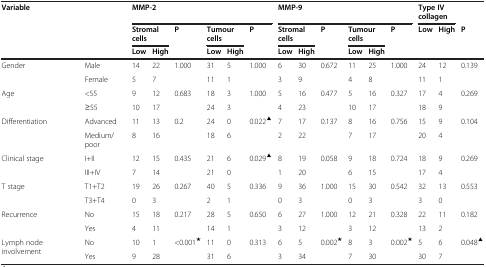
<table><thead><tr><td rowspan="3" colspan="2"><b>Variable</b></td><td colspan="6"><b>MMP-2</b></td><td colspan="6"><b>MMP-9</b></td><td colspan="2"><b>Type IV collagen</b></td><td><b> </b></td></tr><tr><td colspan="2"><b>Stromal cells</b></td><td rowspan="2"><b>P</b></td><td colspan="2"><b>Tumour cells</b></td><td rowspan="2"><b>P</b></td><td colspan="2"><b>Stromal cells</b></td><td rowspan="2"><b>P</b></td><td colspan="2"><b>Tumour cells</b></td><td rowspan="2"><b>P</b></td><td><b>Low</b></td><td><b>High</b></td><td rowspan="2"><b>P</b></td></tr><tr><td><b>Low</b></td><td><b>High</b></td><td><b>Low</b></td><td><b>High</b></td><td><b>Low</b></td><td><b>High</b></td><td><b>Low</b></td><td><b>High</b></td><td><b> </b></td><td><b> </b></td></tr></thead><tbody><tr><td rowspan="2">Gender</td><td>Male</td><td>14</td><td>22</td><td rowspan="2">1.000</td><td>31</td><td>5</td><td rowspan="2">1.000</td><td>6</td><td>30</td><td rowspan="2">0.672</td><td>11</td><td>25</td><td rowspan="2">1.000</td><td>24</td><td>12</td><td rowspan="2">0.139</td></tr><tr><td>Female</td><td>5</td><td>7</td><td>11</td><td>1</td><td>3</td><td>9</td><td>4</td><td>8</td><td>11</td><td>1</td></tr><tr><td rowspan="2">Age</td><td>&lt;55</td><td>9</td><td>12</td><td rowspan="2">0.683</td><td>18</td><td>3</td><td rowspan="2">1.000</td><td>5</td><td>16</td><td rowspan="2">0.477</td><td>5</td><td>16</td><td rowspan="2">0.327</td><td>17</td><td>4</td><td rowspan="2">0.269</td></tr><tr><td>≥55</td><td>10</td><td>17</td><td>24</td><td>3</td><td>4</td><td>23</td><td>10</td><td>17</td><td>18</td><td>9</td></tr><tr><td rowspan="2">Differentiation</td><td>Advanced</td><td>11</td><td>13</td><td rowspan="2">0.2</td><td>24</td><td>0</td><td rowspan="2">0.022<sup>▲</sup></td><td>7</td><td>17</td><td rowspan="2">0.137</td><td>8</td><td>16</td><td rowspan="2">0.756</td><td>15</td><td>9</td><td rowspan="2">0.104</td></tr><tr><td>Medium/poor</td><td>8</td><td>16</td><td>18</td><td>6</td><td>2</td><td>22</td><td>7</td><td>17</td><td>20</td><td>4</td></tr><tr><td rowspan="2">Clinical stage</td><td>I+II</td><td>12</td><td>15</td><td rowspan="2">0.435</td><td>21</td><td>6</td><td rowspan="2">0.029<sup>▲</sup></td><td>8</td><td>19</td><td rowspan="2">0.058</td><td>9</td><td>18</td><td rowspan="2">0.724</td><td>18</td><td>9</td><td rowspan="2">0.269</td></tr><tr><td>III+IV</td><td>7</td><td>14</td><td>21</td><td>0</td><td>1</td><td>20</td><td>6</td><td>15</td><td>17</td><td>4</td></tr><tr><td rowspan="2">T stage</td><td>T1+T2</td><td>19</td><td>26</td><td rowspan="2">0.267</td><td>40</td><td>5</td><td rowspan="2">0.336</td><td>9</td><td>36</td><td rowspan="2">1.000</td><td>15</td><td>30</td><td rowspan="2">0.542</td><td>32</td><td>13</td><td rowspan="2">0.553</td></tr><tr><td>T3+T4</td><td>0</td><td>3</td><td>2</td><td>1</td><td>0</td><td>3</td><td>0</td><td>3</td><td>3</td><td>0</td></tr><tr><td rowspan="2">Recurrence</td><td>No</td><td>15</td><td>18</td><td rowspan="2">0.217</td><td>28</td><td>5</td><td rowspan="2">0.650</td><td>6</td><td>27</td><td rowspan="2">1.000</td><td>12</td><td>21</td><td rowspan="2">0.328</td><td>22</td><td>11</td><td rowspan="2">0.182</td></tr><tr><td>Yes</td><td>4</td><td>11</td><td>14</td><td>1</td><td>3</td><td>12</td><td>3</td><td>12</td><td>13</td><td>2</td></tr><tr><td rowspan="2">Lymph node involvement</td><td>No</td><td>10</td><td>1</td><td rowspan="2">&lt;0.001<sup>★</sup></td><td>11</td><td>0</td><td rowspan="2">0.313</td><td>6</td><td>5</td><td rowspan="2">0.002<sup>★</sup></td><td>8</td><td>3</td><td rowspan="2">0.002<sup>★</sup></td><td>5</td><td>6</td><td rowspan="2">0.048<sup>▲</sup></td></tr><tr><td>Yes</td><td>9</td><td>28</td><td>31</td><td>6</td><td>3</td><td>34</td><td>7</td><td>30</td><td>30</td><td>7</td></tr></tbody></table>